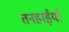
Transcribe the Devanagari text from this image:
तनहाईयाँ